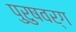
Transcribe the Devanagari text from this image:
पुरुषवर्ग